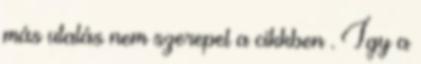
más utalás nem szerepel a cikkben . Így a